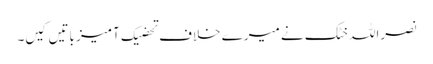
نصراللہ خٹک نے میرے خلاف تحضیک آمیز باتیں کیں۔